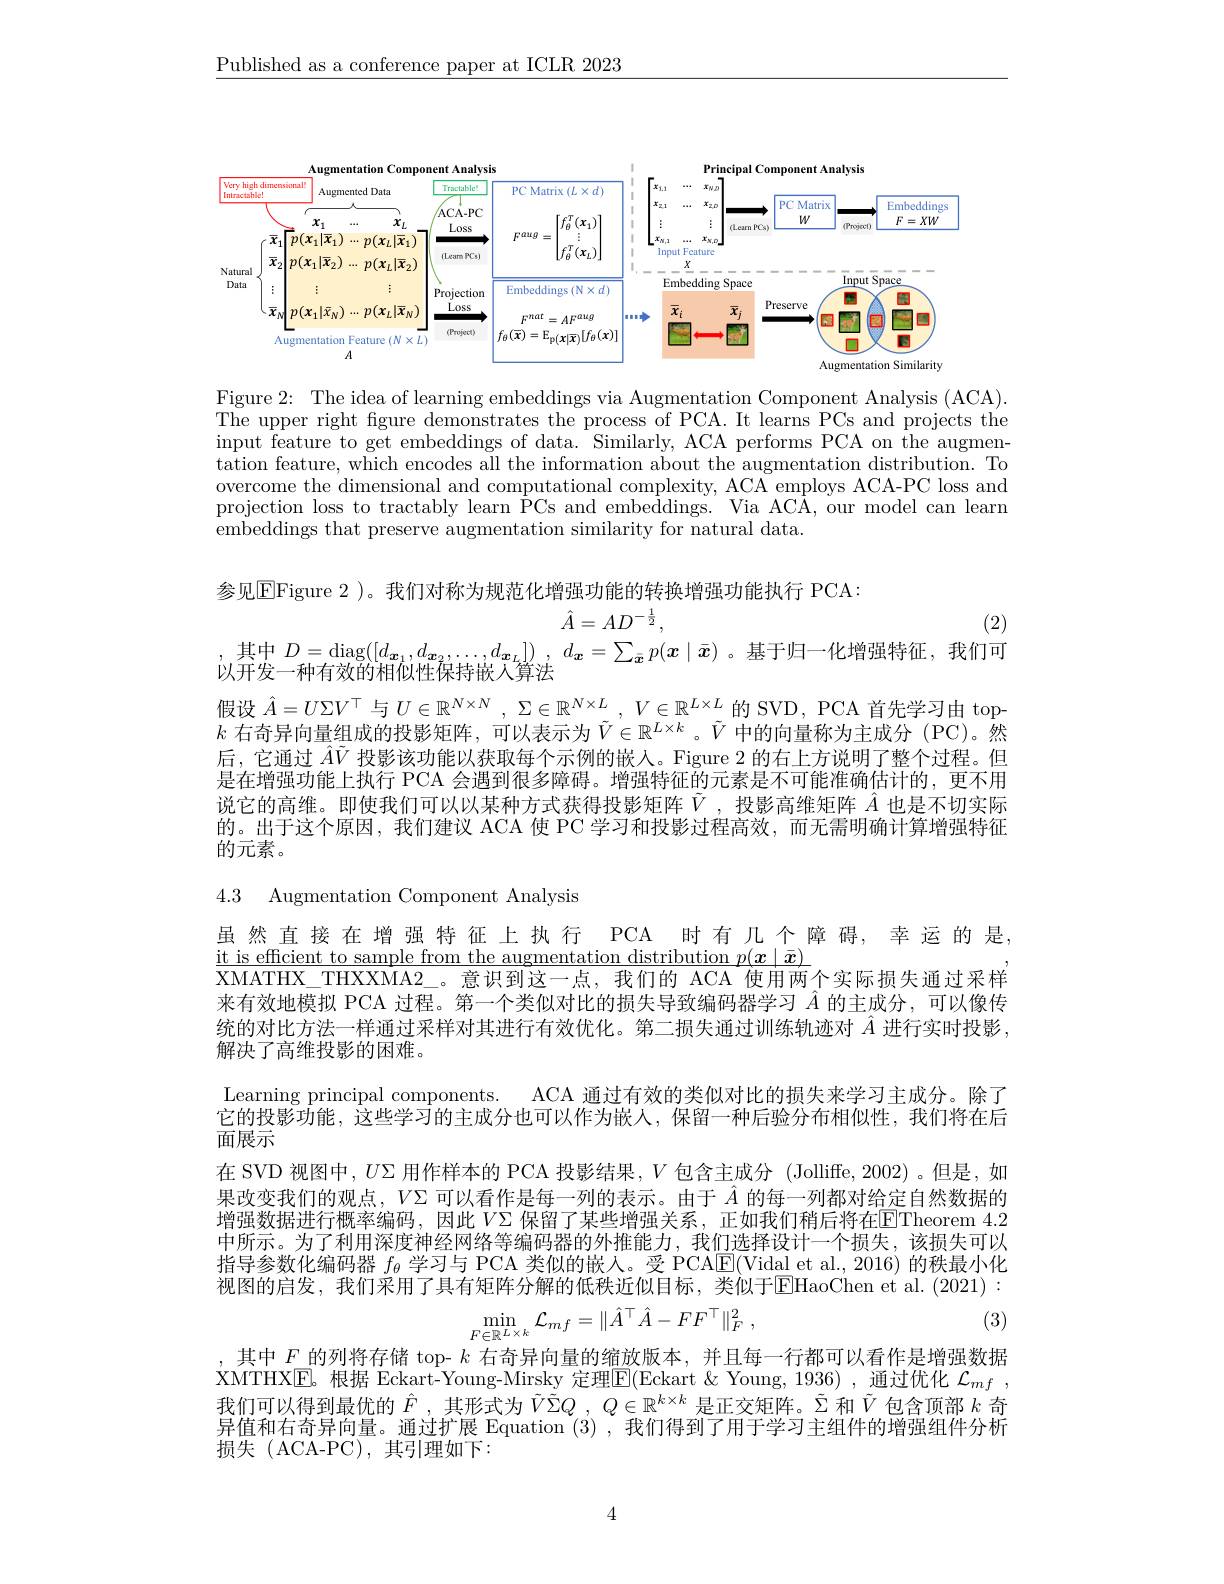
$\underline{\text{Published as a conference paper at ICLR 2023}}$

<FigureHere>

Figure 2: The idea of learning embeddings via Augmentation Component Analysis (ACA). The upper right fgure demonstrates the process of PCA. It learns PCs and projects the input feature to get embeddings of data. Similarly, ACA performs PCA on the augmentation feature, which encodes all the information about the augmentation distribution. To overcome the dimensional and computational complexity, ACA employs ACA-PC loss and projection loss to tractably learn $\bar{\text{PCs and embeddings. Via ACA, our model can learn}}$ embeddings that preserve augmentation similarity for natural data.

参见$\boxed{\mathrm{EFigure~2~)。我们对称为规范化增强功能的转换增强功能执行~PCA:}}$

(2)

$\hat{A}=AD^{-\frac12}$,
$\begin{array}{c}\text{其中 }D=\operatorname{diag}([d_{\boldsymbol{x}_1},d_{\boldsymbol{x}_2},\ldots,d_{\boldsymbol{x}_L}]),\: d_{\boldsymbol{x}}=\sum_{\bar{\boldsymbol{x}}}p(\boldsymbol{x}\mid\bar{\boldsymbol{x}})\text{。基于归一化增强特征，我们可}\\\text{以开发一种有效的相似性保持嵌入算法}\end{array}$ 假设$\hat{A}=U\Sigma V^\top$与$U\in \mathbb{R} ^{N\times N}$, $\Sigma \in \mathbb{R} ^{N\times L}$, $V\in \mathbb{R} ^{L\times L}$的 SVD, PCA 首先学习由 top- $k$ 右奇异向量组成的投影矩阵，可以表示为$\tilde{V}\in\mathbb{R}^{L\times k}$。$\tilde{V}$ 中的向量称为主成分(PC)。然后，它通过$\hat{A}\tilde{V}$投影该功能以获取每个示例的嵌人。Figure 2 的右上方说明了整个过程。但是在增强功能上执行 PCA 会遇到很多障碍。增强特征的元素是不可能准确估计的，更不用说它的高维。即使我们可以以某种方式获得投影矩阵$\tilde{V}$ ,投影高维矩阵$\hat{A}$也是不切实际的。出于这个原因，我们建议 ACA 使 PC 学习和投影过程高效，而无需明确计算增强特征的元素。

4.3 Augmentation Component Analysis

虽然直接在增强特征上执行 PCA 时有几个障碍，幸运的是，
$\underline{\text{it is efficient to sample from the augmentation distribution }p(x\mid\bar{x})}$
XMATHX\_THXXMA2\_。意识到这一点，我们的 ACA 使用两个实际损失通过采样来有效地模拟 PCA 过程。第一个类似对比的损失导致编码器学习$\hat{A}$的主成分，可以像传统的对比方法一样通过采样对其进行有效优化。第二损失通过训练轨迹对$\ddot{A}$进行实时投影， 解决了高维投影的困难。
Learning principal components. ACA 通过有效的类似对比的损失来学习主成分。除了它的投影功能，这些学习的主成分也可以作为嵌人，保留一种后验分布相似性，我们将在后面展示
在 SVD 视图中，$U\Sigma$用作样本的 PCA 投影结果，$V$包含主成分 (Jolliffe, 2002)。但是，如果改变我们的观点，$V\Sigma$可以看作是每一列的表示。由于$\hat{A}$的每一列都对给定自然数据的增强数据进行概率编码，因此$V\Sigma$ 保留了某些增强关系，正如我们稍后将在$\overline{\mathrm{ETheorem~4.2}}$ 中所示。为了利用深度神经网络等编码器的外推能力，我们选择设计一个损失，该损失可以指导参数化编码器$f_\theta$学习与 PCA 类似的嵌人。受 PCA$\boxed{\mathrm{E}}($Vidal et al., 2016) 的秩最小化视图的启发，我们采用了具有矩阵分解的低秩近似目标，类似于$\overline{\mathrm{EHaoChen~et~al.~(2021):}}$
$$\min_{F\in\mathbb{R}^{L\times k}}\mathcal{L}_{mf}=\|\hat{A}^{\top}\hat{A}-FF^{\top}\|_{F}^{2}\:,$$
(3)

其中$F$的列将存储 top- $k$右奇异向量的缩放版本，并且每一行都可以看作是增强数据XMTHXE。根据 Eckart-Young-Mirsky 定理$\boxed{\mathrm{E}}($Eckart &Young, 1936) ,通过优化 $\mathcal{L} _mf$ , 我们可以得到最优的$\hat{F}$ ,其形式为$\tilde{V\Sigma Q}_{,Q\in\mathbb{R}^{k\times k}\text{是正交矩阵。}\tilde{\Sigma}\text{和 }\tilde{V}\text{ 包含顶部 }k\text{ 奇}}$ 异值和右奇异向量。通过扩展 Equation (3),我们得到了用于学习主组件的增强组件分析损失(ACA-PC),其引理如下：

4